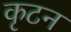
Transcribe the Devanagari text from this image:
कृटन